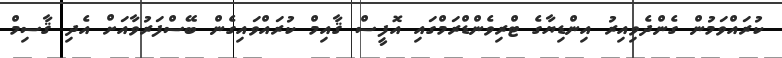
ކުރައްވަމުން ގެންދެވިއިރު އިންޑިޔާގެ ޓްރިވެންޑްރަމްގައި އޮފީސް ޤާއިމް ކުރައްވައިގެން ބޭސްފަރުވާއަށް އެދި ޤާސިމް